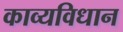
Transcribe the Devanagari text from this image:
काव्यविधान